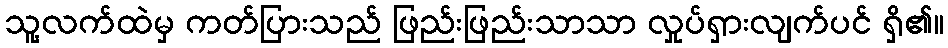
သူ့လက်ထဲမှ ကတ်ပြားသည် ဖြည်းဖြည်းသာသာ လှုပ်ရှားလျက်ပင် ရှိ၏။